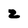
Character: z